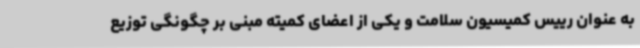
به عنوان رییس کمیسیون سلامت و یکی از اعضای کمیته مبنی بر چگونگی توزیع